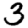
Digit: 3